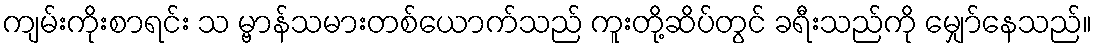
ကျမ်းကိုးစာရင်း သ မ္ဗာန်သမားတစ်ယောက်သည် ကူးတို့ဆိပ်တွင် ခရီးသည်ကို မျှော်နေသည်။